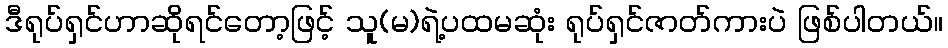
ဒီရုပ်ရှင်ဟာဆိုရင်တော့ဖြင့် သူ(မ)ရဲ့ပထမဆုံး ရုပ်ရှင်ဇာတ်ကားပဲ ဖြစ်ပါတယ်။